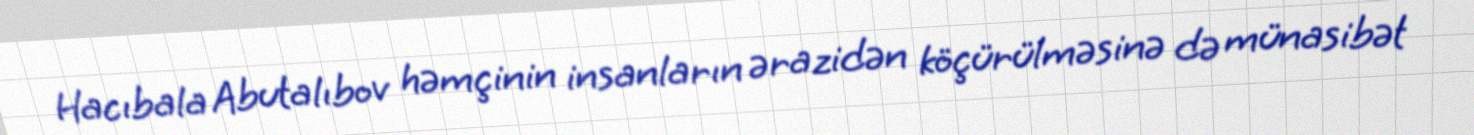
Hacıbala Abutalıbov həmçinin insanların ərazidən köçürülməsinə də münasibət